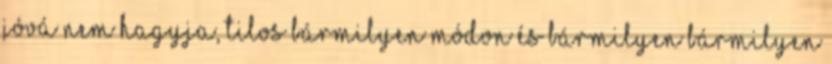
jóvá nem hagyja, tilos bármilyen módon és bármilyen bármilyen